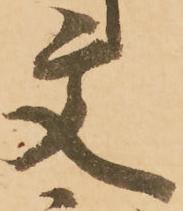
文